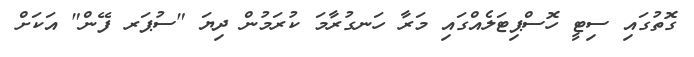
ގޮތުގައި ސިޓީ ހޮސްޕިޓަލެއްގައި މަރާ ހަނގުރާމަ ކުރަމުން ދިޔަ "ސުޕަރ ފޭން" އަކަށް